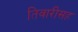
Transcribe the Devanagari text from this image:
तिवारीसह